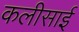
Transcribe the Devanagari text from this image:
कलीसाई